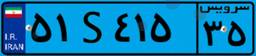
۲۱S۳۴۰۰۸